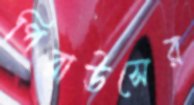
পিরাউসের